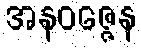
အနဝဇ္ဇေန